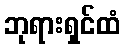
ဘုရားရှင်ထံ